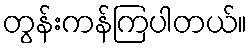
တွန်းကန်ကြပါတယ်။